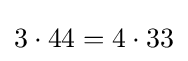
3\cdot 44=4\cdot 33